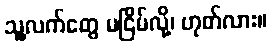
သူ့လက်တွေ မငြိမ်လို့၊ ဟုတ်လား။